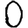
Digit: 0